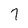
Character: 7